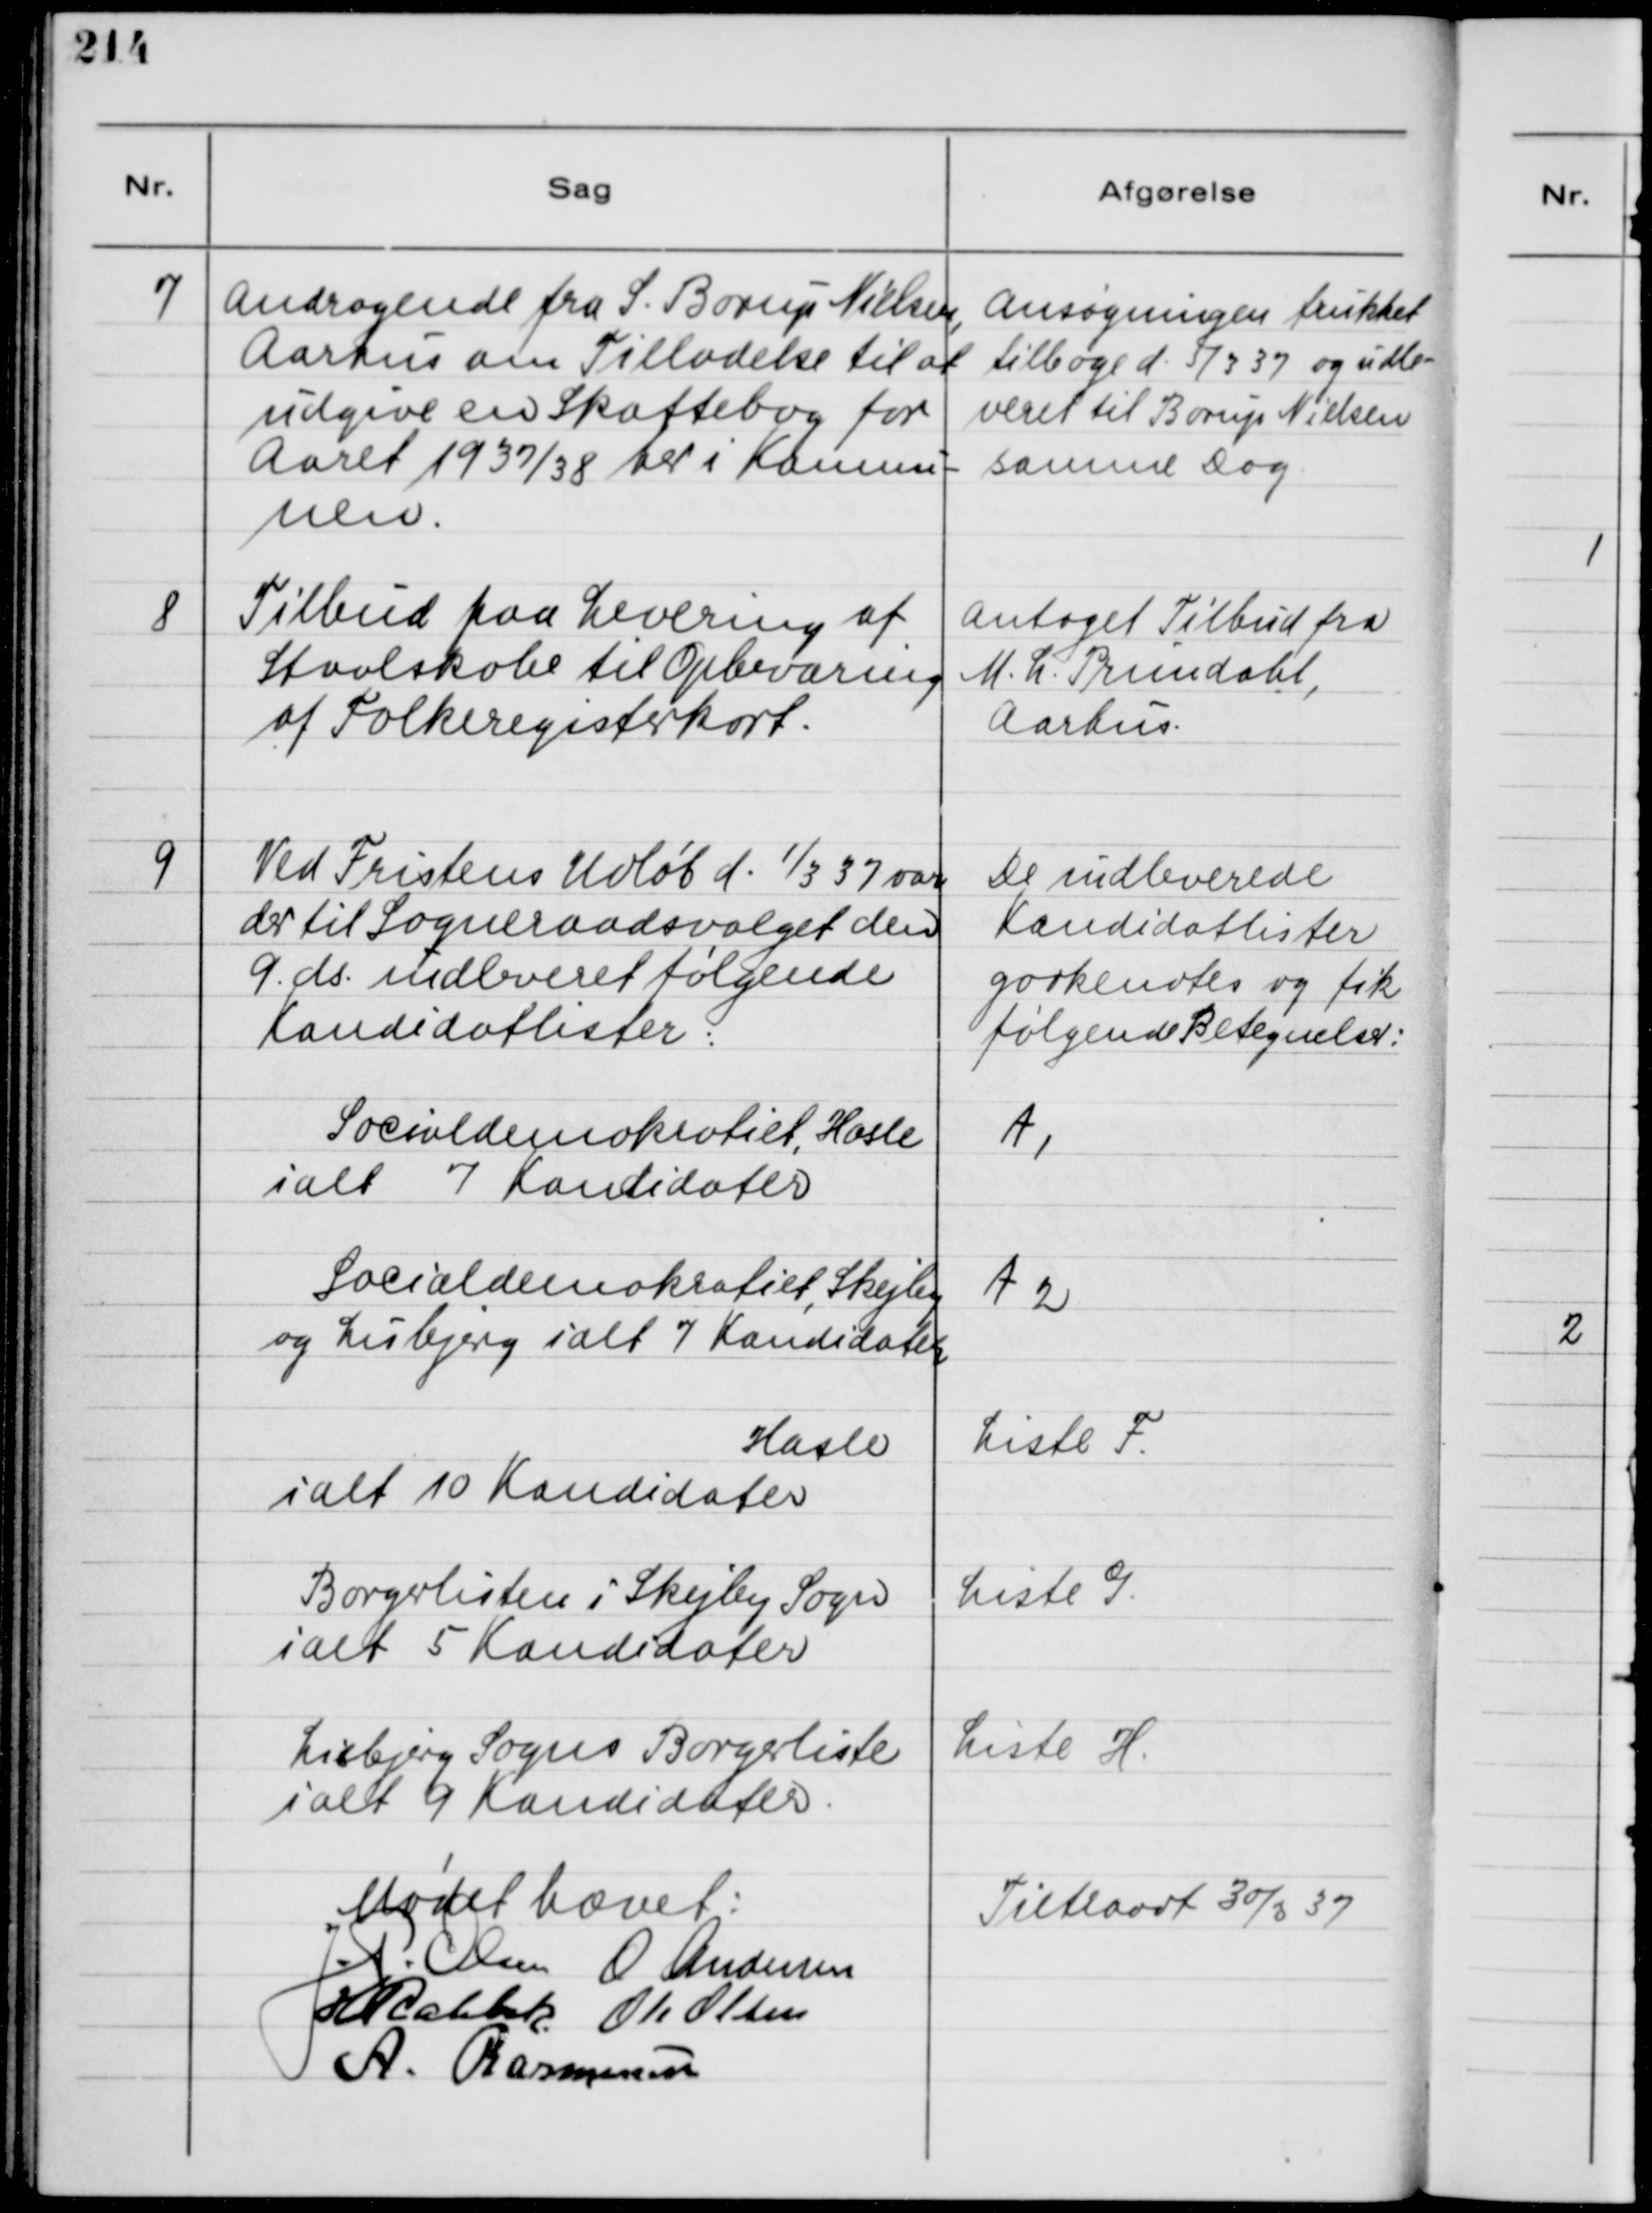
Transskription:
7
Andragende fra S. Borup Nielsen,
Aarhus om Tilladelse til at
udgive en Skattebog for
Aaret 1937/38 her i Komnu-
nen.

Ansøgningen trukket
tilbage d. 5/3 37 og udle-
veret til Borup Nielsen
samme Dag.

8
Tilbud paa Levering af
Staalskabe til Opbevaring
af Folkeregisterkort.

Antoget Tilbud fra
M. L. Prundahl,
Aarhus.

9
Ved Fristens Udløb d.
1
/3 37 var
der til Sogneraadsvalget den
9 ds. indleveret følgende
Kandidatlister:
De indleverede
Kandidatlister
godkendtes og fik
følgende Betegnelse:
Socialdemokratiet, Hasle
ialt 7 Kandidater
A 1
Socialdemokratiet, Skejby
og Lisbjerg ialt 7 Kandidater
A 2
Hasle
ialt 10 Kandidater
Liste F.
Borgerlisten i Skejby Sogn
ialt 5 Kandidater
Liste G.
Lisbjerg Sogns Borgerliste
ialt 9 Kandidater
Liste H.

Mødet hævet:
J. P. Olsen
O. Andersen
H. Rahbek
Ole Olsen
A. Rasmussen

Tiltraadt 30/3 37